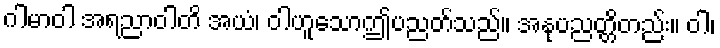
ဂါမာဝါ အရညာဝါတိ အယံ၊ ဝါဟူသောဤပညတ်သည်။ အနုပညတ္တိတည်း။ ဝါ၊